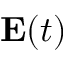
{ \bf E } ( t )